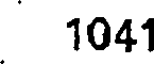
1041